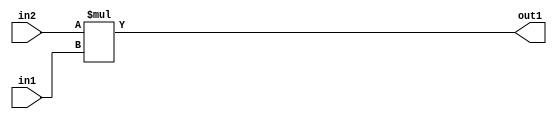
`timescale 1ps / 1ps
/*****************************************************************************
    Verilog RTL Description
    
    
    Created by: Stratus DpOpt 2019.1.01 
*******************************************************************************/

module ColorTransform_Mul_10Ux8U_18U_1 (
	in2,
	in1,
	out1
	); /* architecture "behavioural" */ 
input [9:0] in2;
input [7:0] in1;
output [17:0] out1;
wire [17:0] asc001;

assign asc001 = 
	+(in2 * in1);

assign out1 = asc001;
endmodule

/* CADENCE  ubL2Tgs= : u9/ySgnWtBlWxVPRXgAZ4Og= ** DO NOT EDIT THIS LINE ******/